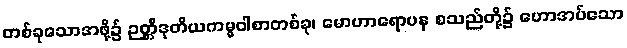
တစ်ခုသောအဖို့၌ ဉတ္တိဒုတိယကမ္မဝါစာတစ်ခု၊ မောဟာရောပန စသည်တို့၌ ဟောအပ်သော